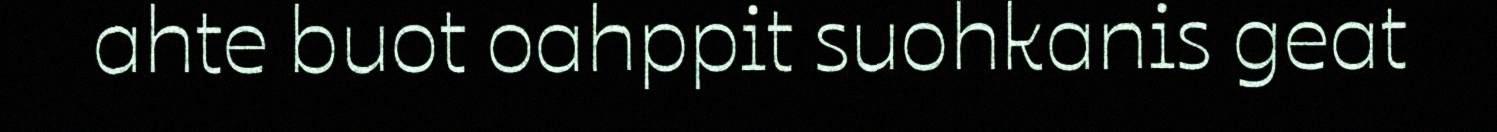
ahte buot oahppit suohkanis geat